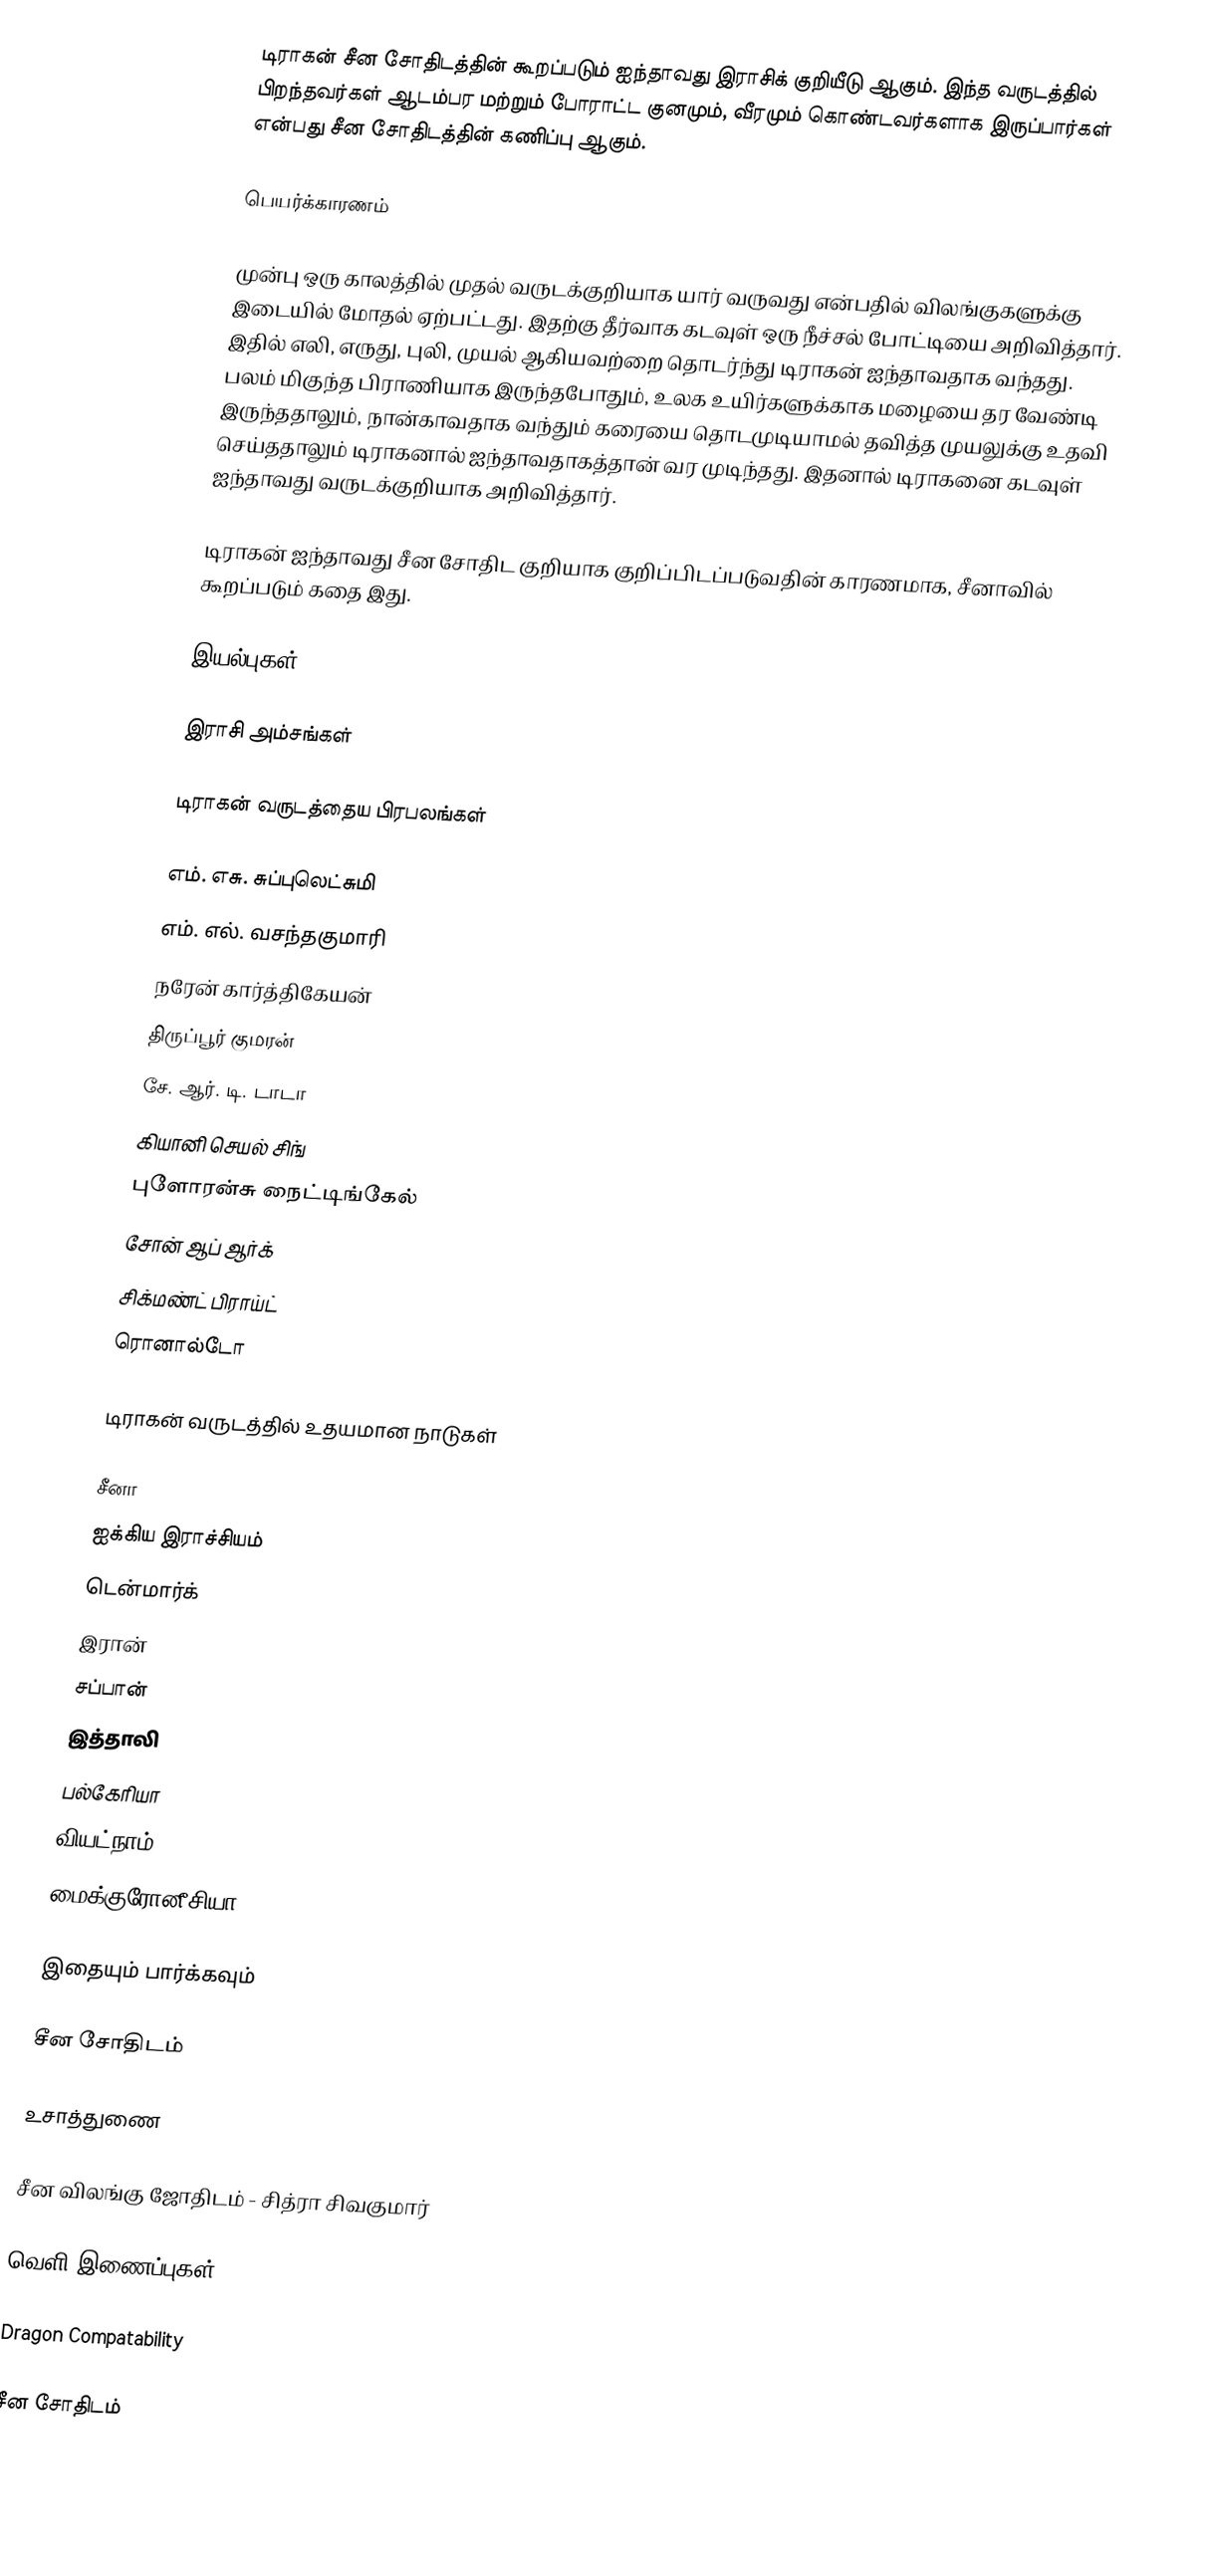
டிராகன் சீன சோதிடத்தின் கூறப்படும் ஐந்தாவது இராசிக் குறியீடு ஆகும். இந்த வருடத்தில் பிறந்தவர்கள் ஆடம்பர மற்றும் போராட்ட குனமும், வீரமும் கொண்டவர்களாக இருப்பார்கள் என்பது சீன சோதிடத்தின் கணிப்பு ஆகும்.

பெயர்க்காரணம்

முன்பு ஒரு காலத்தில் முதல் வருடக்குறியாக யார் வருவது என்பதில் விலங்குகளுக்கு இடையில் மோதல் ஏற்பட்டது. இதற்கு தீர்வாக கடவுள் ஒரு நீச்சல் போட்டியை அறிவித்தார். இதில் எலி, எருது, புலி, முயல் ஆகியவற்றை தொடர்ந்து டிராகன் ஐந்தாவதாக வந்தது. பலம் மிகுந்த பிராணியாக இருந்தபோதும், உலக உயிர்களுக்காக மழையை தர வேண்டி இருந்ததாலும், நான்காவதாக வந்தும் கரையை தொடமுடியாமல் தவித்த முயலுக்கு உதவி செய்ததாலும் டிராகனால் ஐந்தாவதாகத்தான் வர முடிந்தது. இதனால் டிராகனை கடவுள் ஐந்தாவது வருடக்குறியாக அறிவித்தார்.

டிராகன் ஐந்தாவது சீன சோதிட குறியாக குறிப்பிடப்படுவதின் காரணமாக, சீனாவில் கூறப்படும் கதை இது.

இயல்புகள்

இராசி அம்சங்கள்

டிராகன் வருடத்தைய பிரபலங்கள்

 எம். எசு. சுப்புலெட்சுமி
 எம். எல். வசந்தகுமாரி
 நரேன் கார்த்திகேயன்
 திருப்பூர் குமரன்
 சே. ஆர். டி. டாடா
 கியானி செயல் சிங்
 புளோரன்சு நைட்டிங்கேல்
 சோன் ஆப் ஆர்க்
 சிக்மண்ட் பிராய்ட்
 ரொனால்டோ

டிராகன் வருடத்தில் உதயமான நாடுகள்

 சீனா
 ஐக்கிய இராச்சியம்
 டென்மார்க்
 இரான்
 சப்பான்
 இத்தாலி
 பல்கேரியா
 வியட்நாம்
 மைக்குரோனீசியா

இதையும் பார்க்கவும்

 சீன சோதிடம்

உசாத்துணை

 சீன விலங்கு ஜோதிடம் - சித்ரா சிவகுமார்

வெளி இணைப்புகள்

 Dragon Compatability

சீன சோதிடம்